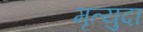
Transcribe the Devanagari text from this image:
मृत्युदा